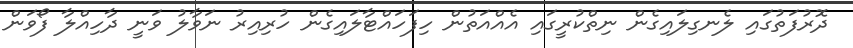
ދޮރުފަތުގައި ލެނގިލައިގެން ނިތްކުރީގައި އެއްއަތުން ހިފަހައްޓާލައިގެން ހުރިއިރު ނަވާލު ވަނީ ދާހިއްލާ ފޯވަން